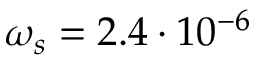
\omega _ { s } = 2 . 4 \cdot 1 0 ^ { - 6 }